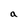
Character: a